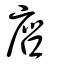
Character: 噟